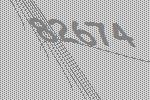
82674